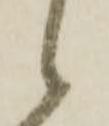
候